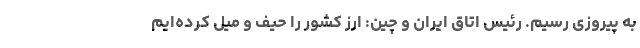
به پیروزی رسیم. رئیس اتاق ایران و چین: ارز کشور را حیف و میل کرده‌ایم